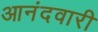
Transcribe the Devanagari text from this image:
आनंदवारी